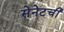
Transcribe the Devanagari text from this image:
सेनेटची